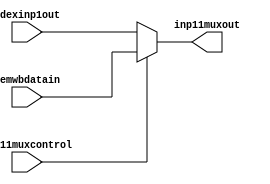
`timescale 1ns / 1ps
//////////////////////////////////////////////////////////////////////////////////
// Company: 
// Engineer: 
// 
// Design Name: 
// Module Name:    inp11mux 
// Project Name: 
// Target Devices: 
// Tool versions: 
// Description: 
//
// Dependencies: 
//
// Revision: 
// Revision 0.01 - File Created
// Additional Comments: 
//
//////////////////////////////////////////////////////////////////////////////////
module inp11mux(inp11muxcontrol,memwbdatain,idexinp1out,inp11muxout
    );
input wire inp11muxcontrol;
input wire [31:0] memwbdatain;
input wire [31:0] idexinp1out;
output reg [31:0] inp11muxout;

always@(*)begin
if(inp11muxcontrol==1)
inp11muxout<=memwbdatain;
else
inp11muxout<=idexinp1out;
end






endmodule